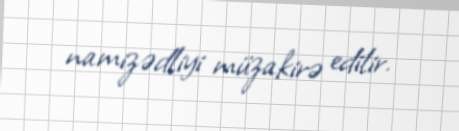
namizədliyi müzakirə edilir.